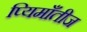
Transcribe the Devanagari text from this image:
प्यिमाँतीज